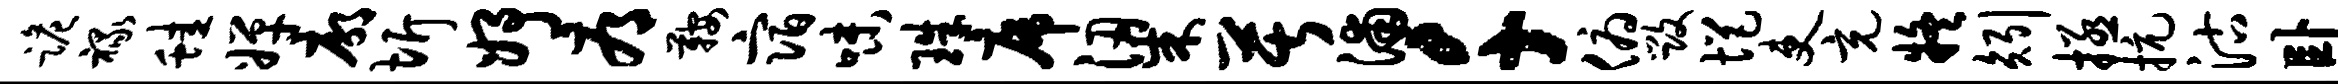
跪禄蛙婵廓圻妤辱鞍宿味珠席梁苦浦千俯毁悒吏充疑矧拯抗沽卧